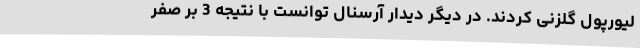
لیورپول گلزنی کردند. در دیگر دیدار آرسنال توانست با نتیجه 3 بر صفر